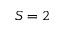
S = 2